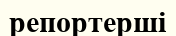
репортерші